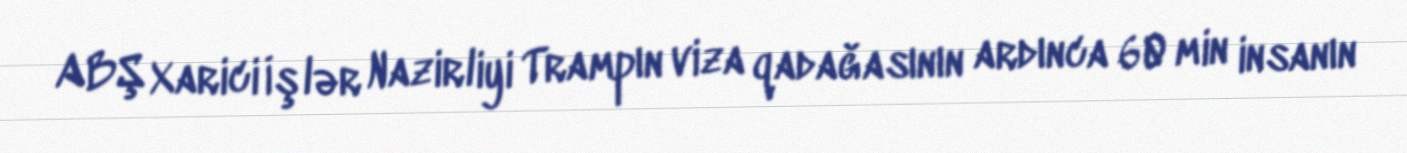
ABŞ Xarici İşlər Nazirliyi Trampın viza qadağasının ardınca 60 min insanın